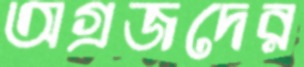
অগ্রজদের